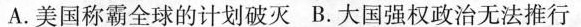
A.美国称霸全球的计划破灭B.大国强权政治无法推行